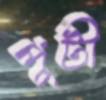
পুটী